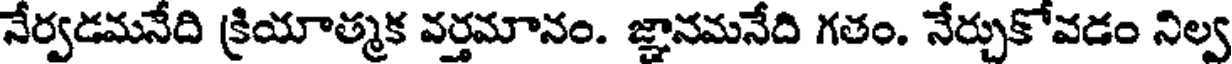
నేర్వడమనేది క్రియాత్మక వర్తమానం. జ్ఞానమనేది గతం. నేర్చుకోవడం నిల్వ